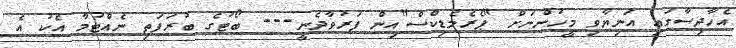
އެހާދިސާގައި އަނިޔާވި މީހުންނަށް "ޕެރެމެޑިކްސް"އިން ފަރުވާދެނީ--- ބޯޓުގެ ބުރަފަތި ނެއްޓުމާ އެކު އެ